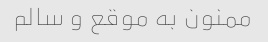
ممنون به موقع و سالم